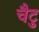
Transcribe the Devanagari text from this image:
चैटु